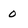
Character: 0